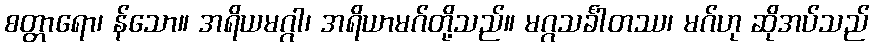
စတ္တာရော၊ န်သော။ အရိယမဂ္ဂါ၊ အရိယာမဂ်တို့သည်။ မဂ္ဂသင်္ခါတဿ၊ မဂ်ဟု ဆိုအပ်သည်